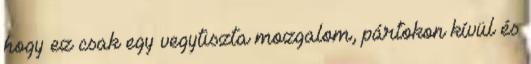
hogy ez csak egy vegytiszta mozgalom, pártokon kívül és